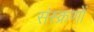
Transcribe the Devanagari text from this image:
संस्क्रणों